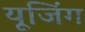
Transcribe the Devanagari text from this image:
यूजिंग